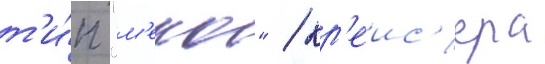
т'и́п "м'еко" / кр'еис'ера